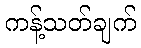
ကန့်သတ်ချက်